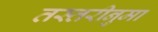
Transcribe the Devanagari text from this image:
तस्तरीनुमा